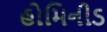
હોમિનીડ